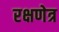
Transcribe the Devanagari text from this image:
रक्षणेत्र